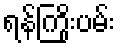
ရန်ကြိုးပမ်း